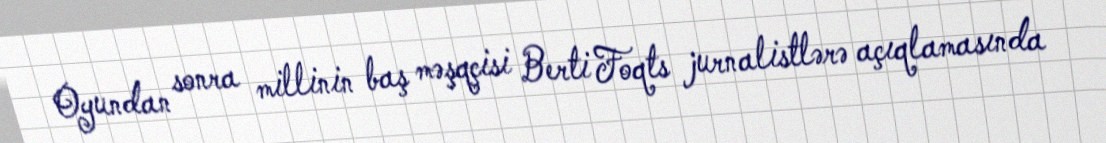
Oyundan sonra millinin baş məşqçisi Berti Foqts jurnalistlərə açıqlamasında